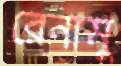
রেনামু